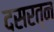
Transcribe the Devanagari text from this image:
दसरत्न